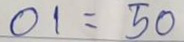
01 = 50